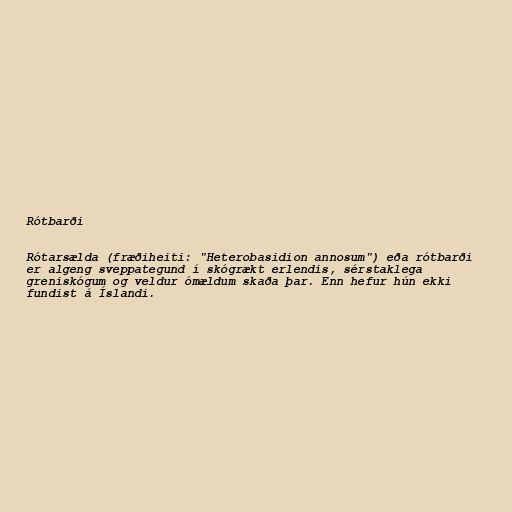
Rótbarði

Rótarsælda (fræðiheiti: "Heterobasidion annosum") eða rótbarði
er algeng sveppategund í skógrækt erlendis, sérstaklega
greniskógum og veldur ómældum skaða þar. Enn hefur hún ekki
fundist á Íslandi.